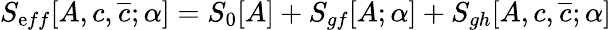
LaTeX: S_{\mathrm{e}ff}[A,c,\overline{{{{c}}}};\alpha]=S_{0}[A]+S_{gf}[A;\alpha]+S_{gh}[A,c,\overline{{{{c}}}};\alpha]